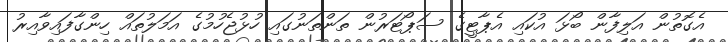
އެގޮތުން އަލިފާން ބޯޅަ އުކައި އެޕާޓީގެ ސަޕޯޓަރުން ތަންތަނުގައި ހުޅުޖެހުމުގެ އަމަލުތައް ހިންގާފައިވާއިރު